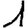
Digit: 1